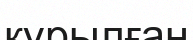
күрылған